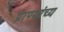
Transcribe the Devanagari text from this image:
प्राण्यांच्य